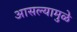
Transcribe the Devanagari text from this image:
आसल्‍यामुळे